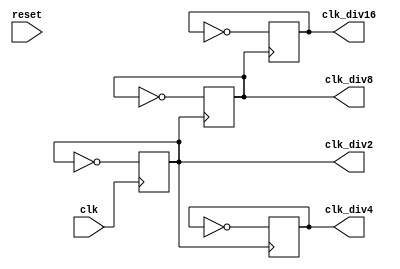
module ClockDivider(
  input clk,
  input reset,
  
  output reg clk_div2,
  output reg clk_div4,
  output reg clk_div8,
  output reg clk_div16
);
  
  always @(posedge clk)
    clk_div2 <= ~clk_div2;
  
  always @(posedge clk_div2)
    clk_div4 <= ~clk_div4;
  
  always @(posedge clk_div2)
    clk_div8 <= ~clk_div8;
  
  always @(posedge clk_div8)
    clk_div16 <= ~clk_div16;
  
endmodule